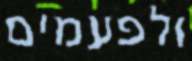
ולפעמים